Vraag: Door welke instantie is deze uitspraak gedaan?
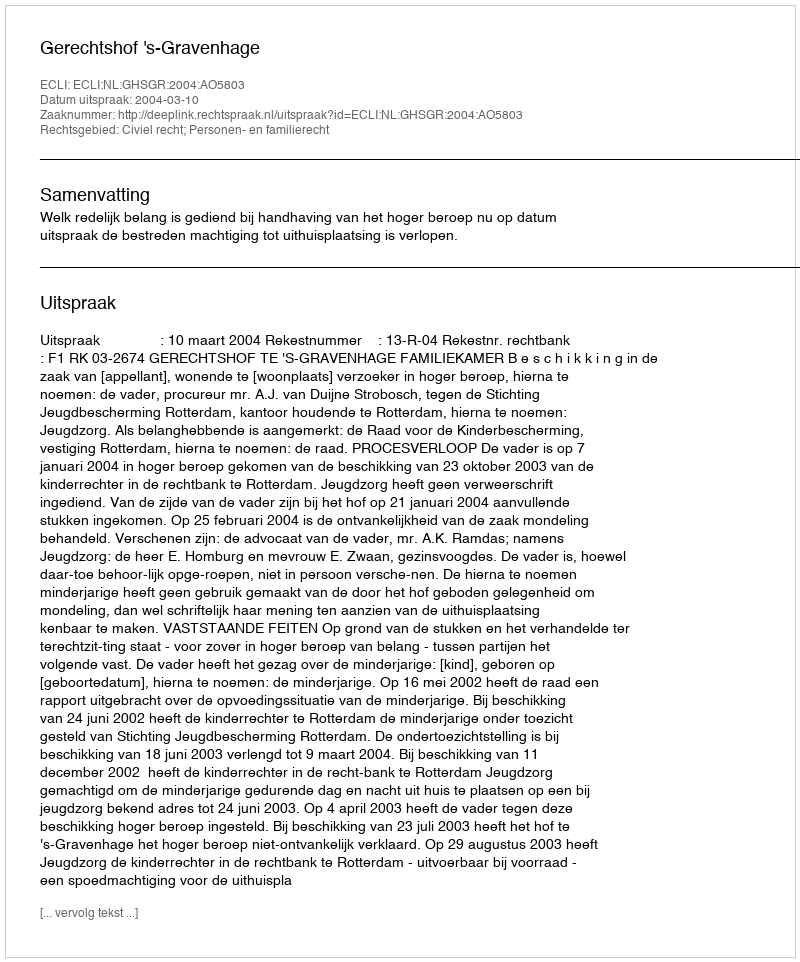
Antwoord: Gerechtshof 's-Gravenhage